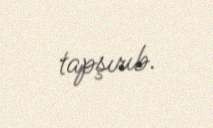
tapşırıb.